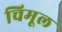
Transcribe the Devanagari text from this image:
चिमूल